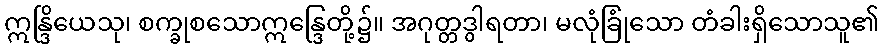
ဣန္ဒြိယေသု၊ စက္ခုစသောဣန္ဒြေတို့၌။ အဂုတ္တဒွါရတာ၊ မလုံခြုံသော တံခါးရှိသောသူ၏